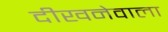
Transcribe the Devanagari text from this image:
दीखनेवाला